Annual statistical returns and brief notes on vaccination in Bengal - 1909-1929
Year: 1909
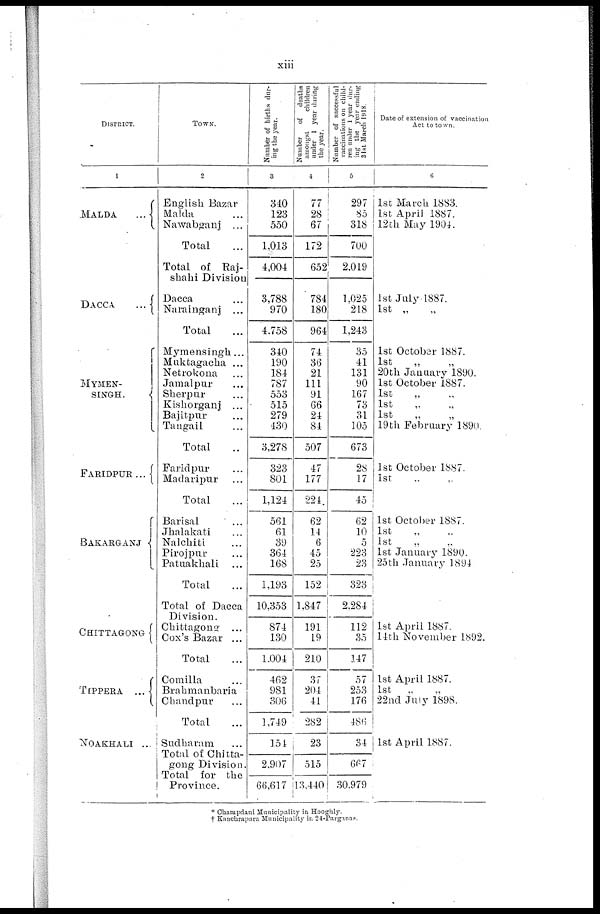
xiii
DISTRICT.
1
MALDA...
DACCA...
MYMEN-
SINGH.
FARIDPUR...
BANARGANJ...
CHITTAGONG
TIPPERA...
...
NOAKHALI ...
TOWN.
2
English Bazar...
Malda...
Nawabganj...
Total...
Total of Raj-
shahi Division
Dacca...
Narainganj...
Total...
Mymensingh...
Muktagacha ...
Netrokona...
Jamalpur...
Sherpur...
Kishorganj...
Bajitpur...
Tangail...
Total...
Faridpur...
Madaripur...
Total...
Barisal...
Jhalakati...
Nalchiti...
Pirojpur...
Patuakhali...
Total...
Total of Dacca
Division.
Chittagong...
Cox's Bazar...
Total...
Comilla...
Brahmanbaria...
Chandpur...
Total...
Sudharam...
Total of Chitta-
gong Division.
Total for the
Province.
Number of births dur-
ing the year.
3
340
123
550
1,013
4,004
3,788
970
4,758
340
190
184
787
553
515
279
430
3,278
323
801
1,124
561
61
39
364
168
1,193
10,353
874
130
1,004
462
981
306
1,749
154
2,907
66,617
Number
of deaths
amongst
children
under 1 year during
the year.
4
77
28
67
172
652
784
180
964
74
36
21
111
91
66
24
84
507
47
177
224
62
14
6
45
25
152
1,847
191
19
210
37
204
41
282
23
515
13,440
Number of successful
vaccinations on child-
ren under 1 year dur-
ing the year ending
31st March 1918.
5
297
85
318
700
2,019
1,025
218
1,243
35
41
131
90
167
73
31
105
673
28
17
45
62
10
5
223
23
323
2,284
112
35
147
57
253
176
486
34
667
30,979
Date of extension of vaccination
Act to town.
6
1st March 1883.
1st April 1887.
12th May 1904.
1st July 1887.
1st „
„
1st October 1887.
1st
„
„
20th January 1890.
1st October 1887.
1st „ „
1st „ „
1st „ „
19 th February 1890
1st October 1887.
1st „ „
1st October 1887.
1st „ „
1st „ „
1st January 1890.
25th January 1894
1st April 1887.
14th November 1892.
1st April 1887.
1st „ „
22nd July 1898.
1st April 1887.
* Champdani Municipality in Hooghly.
† Kanchrapara Municipality in 24-Parganas.